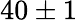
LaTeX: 40\pm 1